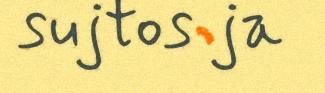
sujtos ja